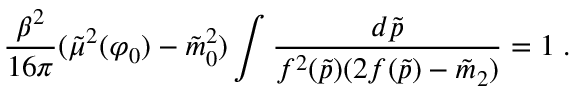
{ \frac { \beta ^ { 2 } } { 1 6 \pi } } ( \tilde { \mu } ^ { 2 } ( \varphi _ { 0 } ) - \tilde { m } _ { 0 } ^ { 2 } ) \int { \frac { d \tilde { p } } { f ^ { 2 } ( \tilde { p } ) ( 2 f ( \tilde { p } ) - \tilde { m } _ { 2 } ) } } = 1 \; .